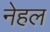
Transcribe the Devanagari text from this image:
नेहल